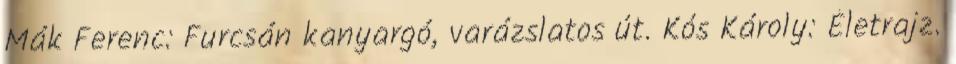
Mák Ferenc: Furcsán kanyargó, varázslatos út. Kós Károly: Életrajz.